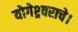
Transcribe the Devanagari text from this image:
योगेश्र्वराचे।